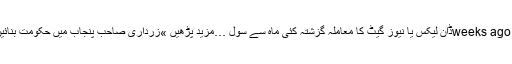
تحریر : عماد ظفر2 weeks agoڈان لیکس یا نیوز گیٹ کا معاملہ گزشتہ کئی ماہ سے سول …مزید پڑھیں »زرداری صاحب پنجاب میں حکومت بنائیں گے اور خالد احمد۔